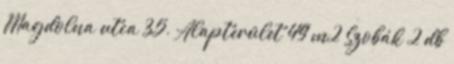
Magdolna utca 35. Alapterület 49 m2 Szobák 2 db